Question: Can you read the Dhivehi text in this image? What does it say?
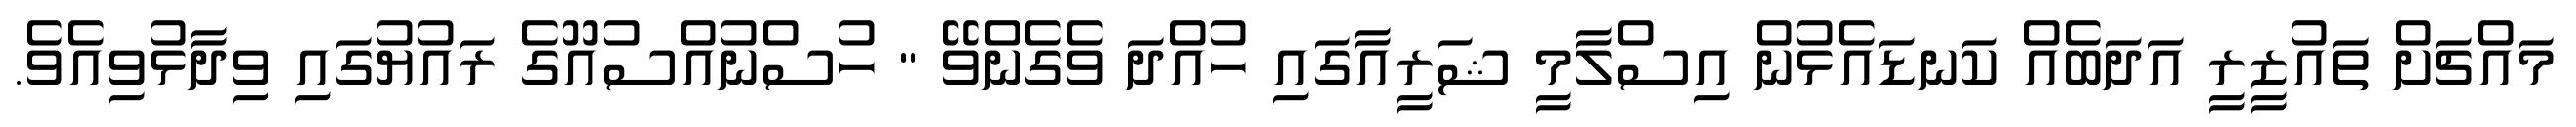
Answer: މައްޗަށް ތައުޒީރީ އަދަބެއް ކަނޑައެޅުން އިސްލާމީ ޝަރީއާގައި ހުއްދަ ވެގެންވޭ " ހުސްނުއްސުއޫގެ ރައުޔުގައި ވިދާޅުވިއެވެ.